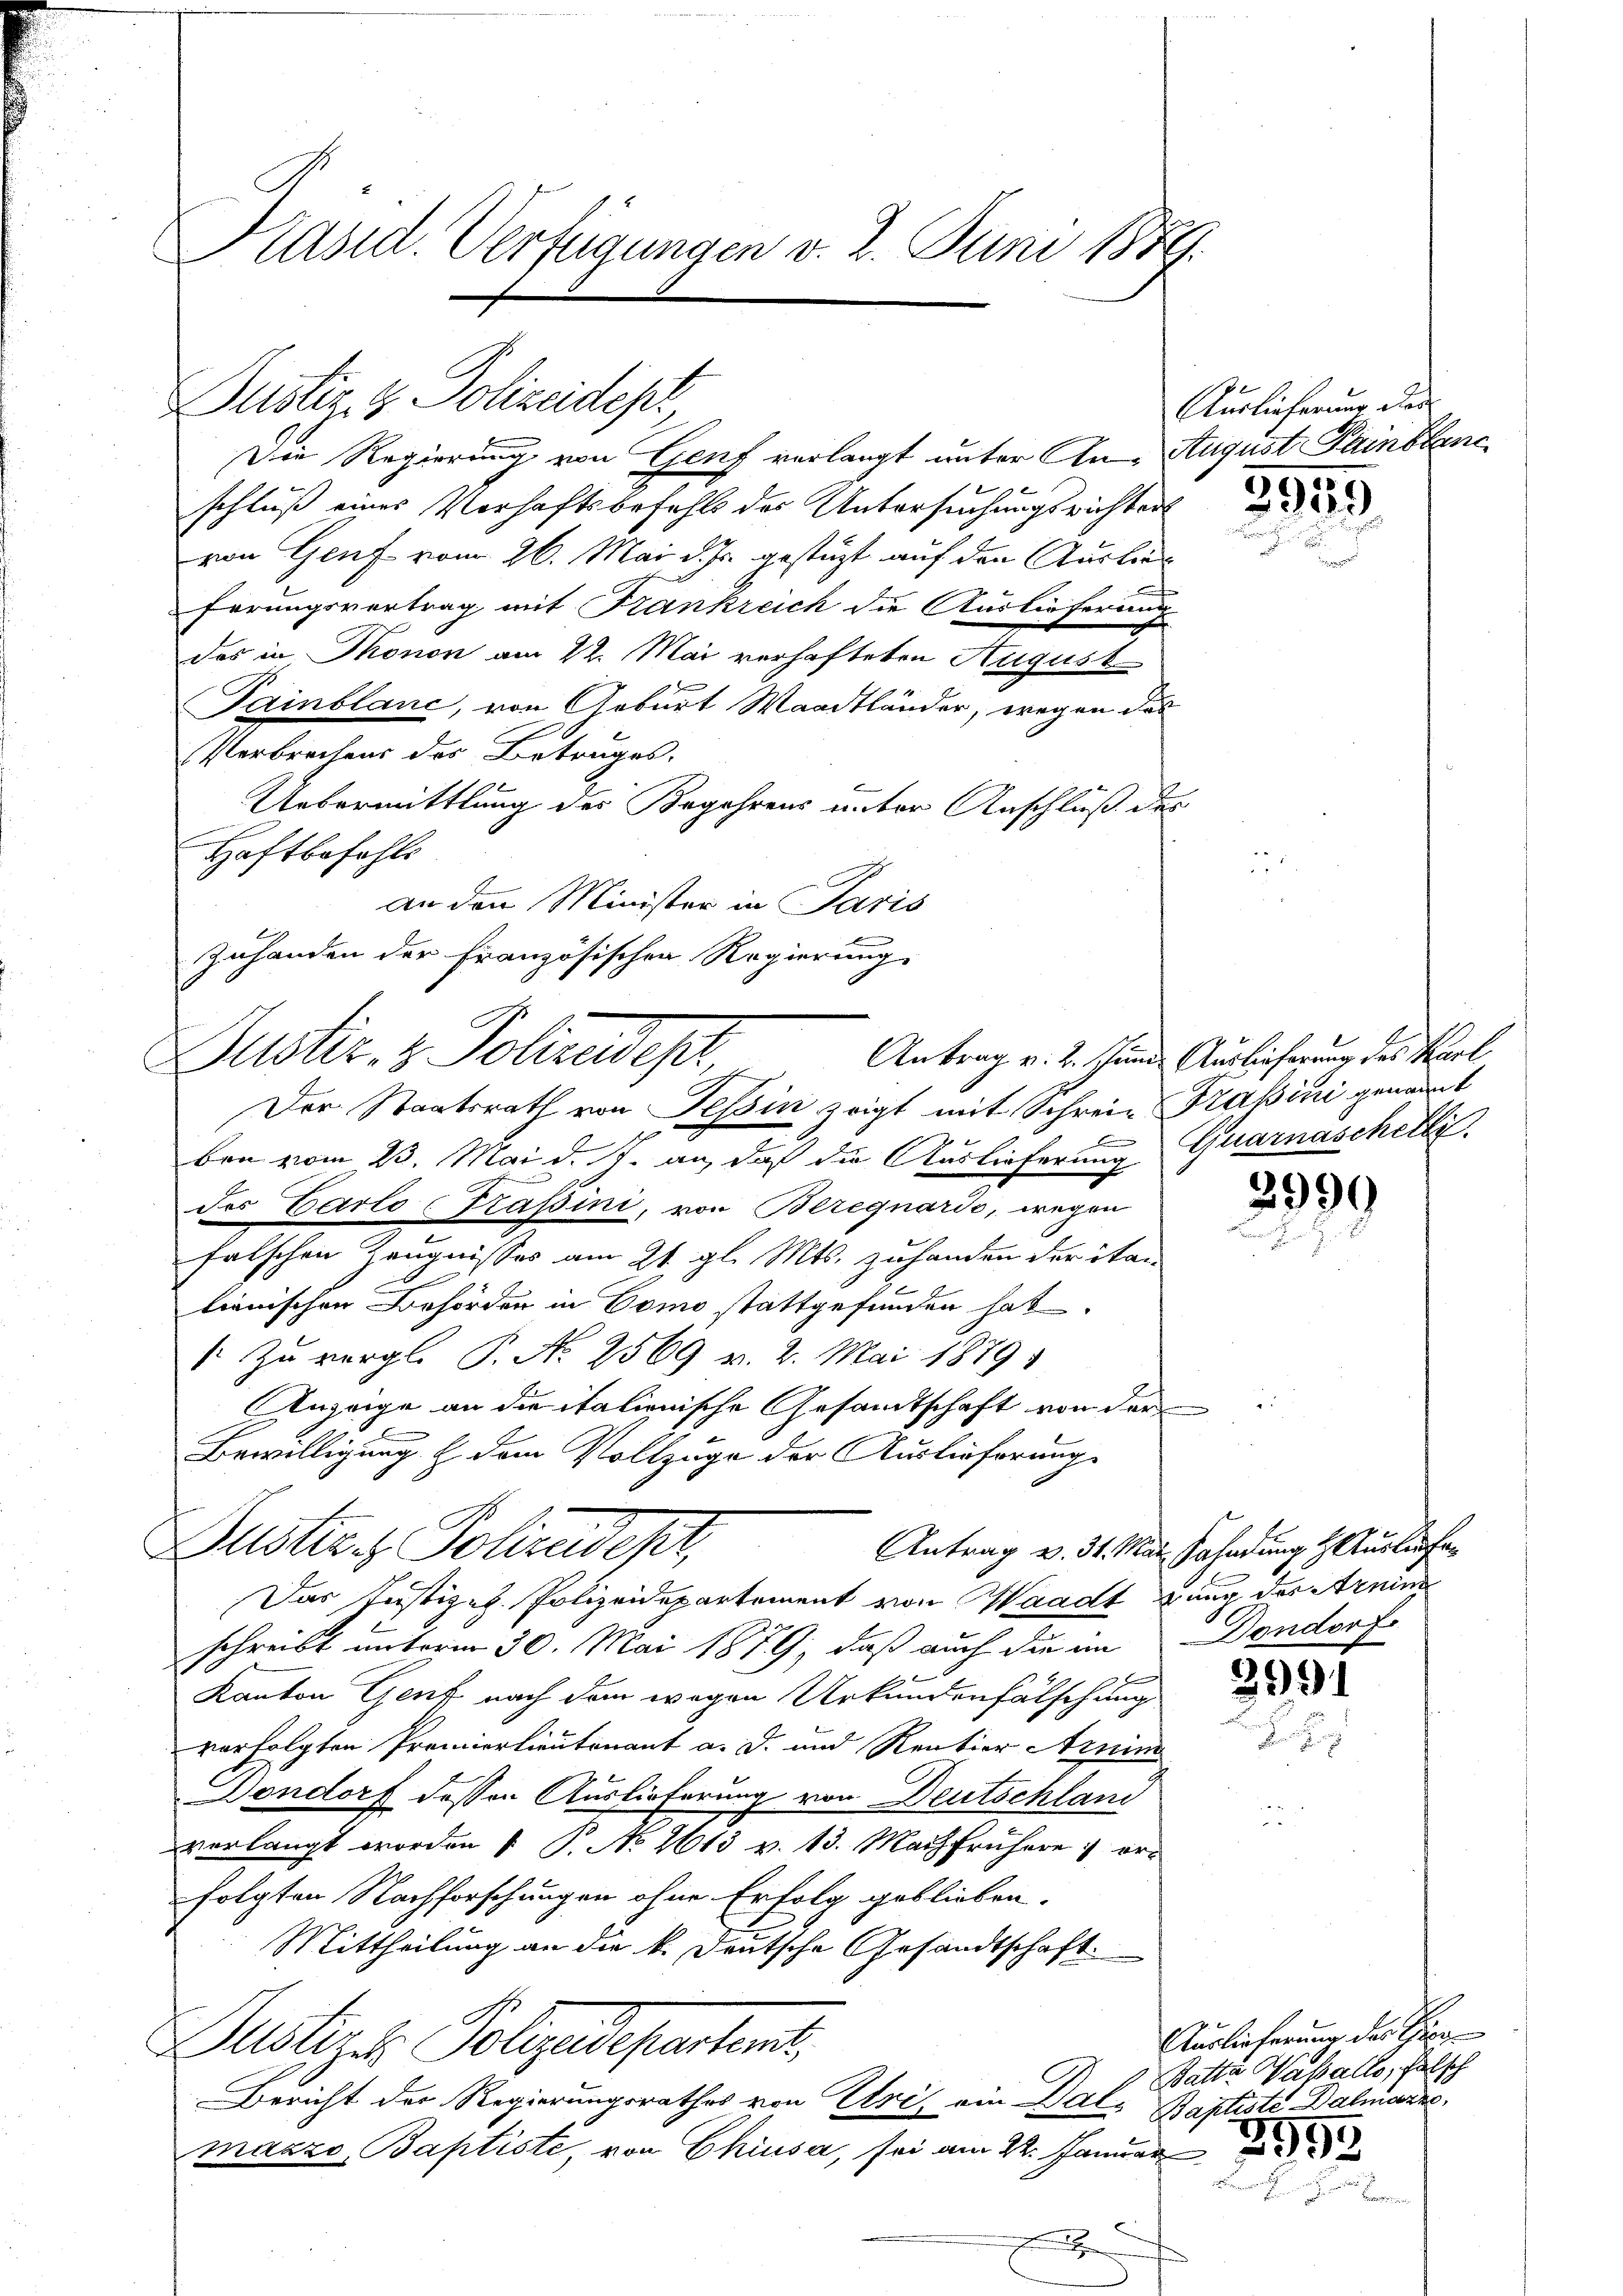
Präsid. Verfügungen v. 2. Juni 1889.

Justiz & Polizeides

Die Regierung von Genf verlangt unter An- August Painstanc
1
schluß eines Verhaftsbefehls des Untersuchungsrichter
von Genf vom 26. Mai d. Js. gestüzt auf den Auslies
ferungsvertrag mit Frankreich die Auslieferung
das in Monon am 22. Mai verhafteten August
Painblanc, von Geburt Waadtländer, wegen das
Verbrechens des Betruges.
Uebermittlung des Begehrens unter Anschluß des
Haftbefohle
an den Minister in Paris
ben vom 23. Mai d. J. an, daß die Auslieferung Quarnaschelle.
u
des Carlo Passini, von Beregnardo, wegen
falschen Zeugnisses am 21. gl. Mts. zuhanden der itan
lienischen Behörden in Como stattgefunden hat.
1. Zu vergl. P. No 2569 v. 2. Mai 1879
Anzeige an die italienische Gesandtschaft von der
Bewilligung & dem Vollzuge der Auslieferung
Lusteres Poliadept,
Antrag v. 31. März Sahndung & Ausliefe
Das Justizes Polizeidepartement von Waadt zung des Arnin
schreibt unterm 30. Mai 1879, daß auch die im Dondorf.
Kanton Genf nach dem wegen Urkundenfälschung
vorfolgten Pronierlieutenant a. D. und Rentier Arnim
Dondorf dessen Auslieferung von Deutschland
verlangt worden 1 S. No 2613 v. 13. Mai frühere orfolgten Nachforschungen ohne Erfolg geblieben.
Mittheilung an die k. Deutsche Gesandtschaft.
Justige Pollaudepartent,
Bericht der Regierungsrathes von Uri, ein Balmaars Baptiste, von Chiusa, sei am 22. Januar

Zuhanden der Französischen Regierung
Justiz- & Polendest,
Der Staatsrath von Tessin zeigt mit Schreie Trapini genannt

Auslieferung des

3959

Antrag v. 2. Juni Auslieferung des Karl

2999

3991

Auslieferung des Thier
Batta Vasalle, falsch
Baptiste Dalmanne

e